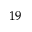
^ { 1 9 }